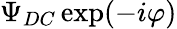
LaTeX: \Psi_{DC}\exp(-i\varphi)